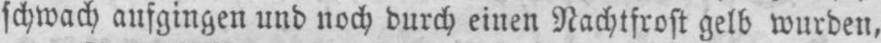
schwach aufgingen und noch durch einen Nachtfrost gelb wurden,